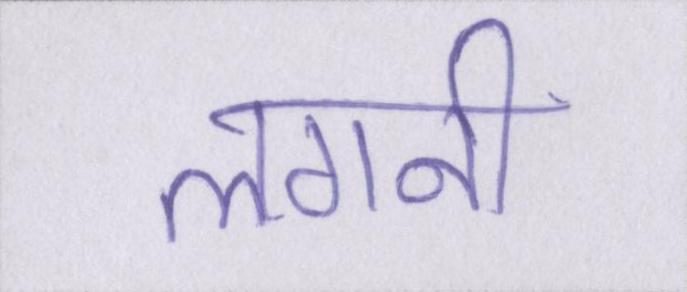
लगनी